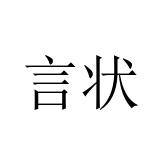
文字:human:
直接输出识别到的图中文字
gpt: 言状